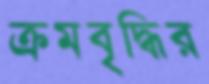
ক্রমবৃদ্ধির